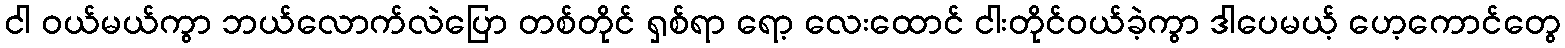
ငါ ဝယ်မယ်ကွာ ဘယ်လောက်လဲပြော တစ်တိုင် ရှစ်ရာ ရော့ လေးထောင် ငါးတိုင်ဝယ်ခဲ့ကွာ ဒါပေမယ့် ဟေ့ကောင်တွေ